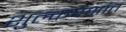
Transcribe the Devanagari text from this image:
शुल्कपक्षांत